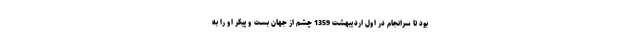
بود تا سرانجام در اول اردیبهشت 1359 چشم از جهان بست و پیکر او را به